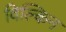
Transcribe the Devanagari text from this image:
विल्किन